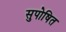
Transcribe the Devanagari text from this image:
सुपोषित